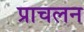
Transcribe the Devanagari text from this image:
प्राचलन